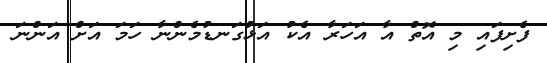
ފެށިފައި މި އޮތް އާ އަހަރާ އެކު އަޅުގަނޑުމެންނާ ހަމަ އަށް އަންނަ